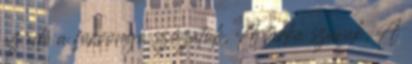
az idő a forrongó szózatok, A tarka szavak, A